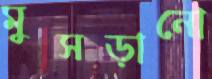
মুসড়ানো